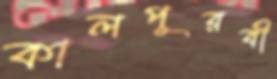
কালপূরবী